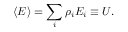
\langle E \rangle = \sum _ { i } \rho _ { i } E _ { i } \equiv U .